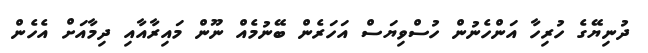
ދުނިޔޭގެ ހުރިހާ އަންހެނުން ހުސްވިޔަސް އަހަރެން ބޭނުމެއް ނޫން މައިރާއާއި ދިމާއަށް އެހެން